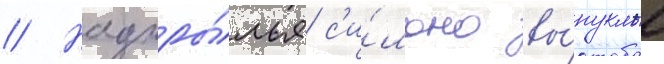
// Надкры́лья с'и́льно вы́пуклые